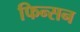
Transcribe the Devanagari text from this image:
फिन्सन